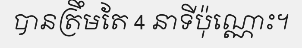
បានត្រឹមតែ 4 នាទីប៉ុណ្ណោះ។